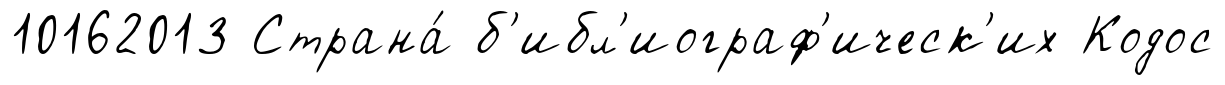
10162013 Страна́ б'ибл'иограф'ическ'их Кодос